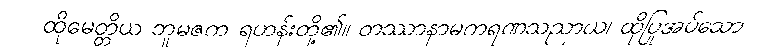
ထိုမေတ္တိယ ဘူမဇက ရဟန်းတို့၏။ တဿာနာမကရဏသညာယ၊ ထိုပြုအပ်သော